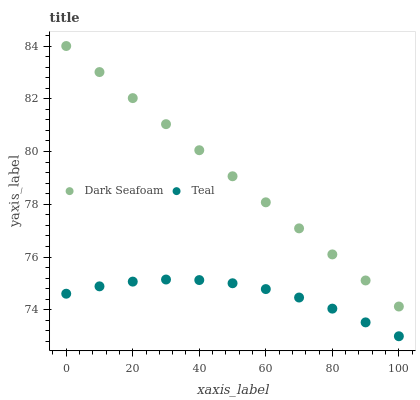
| xaxis_label | Dark Seafoam | Teal |
 | --- | --- | --- |
 | 0 | 84 | 74.6 |
 | 10 | 83 | 74.9 |
 | 20 | 82 | 75.1 |
 | 30 | 81 | 75.2 |
 | 40 | 80.1 | 75.1 |
 | 50 | 79.1 | 75 |
 | 60 | 78.1 | 74.8 |
 | 70 | 77.1 | 74.5 |
 | 80 | 76.1 | 74 |
 | 90 | 75.1 | 73.5 |
 | 100 | 74.1 | 73 |